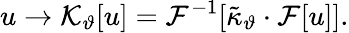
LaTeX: u\rightarrow\mathcal{K}_{\vartheta}[u]=\mathcal{F}^{-1}[\tilde{\kappa}_{\vartheta}\cdot\mathcal{F}[u]].